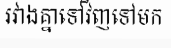
រវាងគ្នាទៅវិញទៅមក